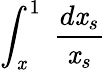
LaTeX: \int_{\mathit{x}}^{1}\; \frac{{d\mathit{x}_{s}}}{{\mathit{x}_{s}}}